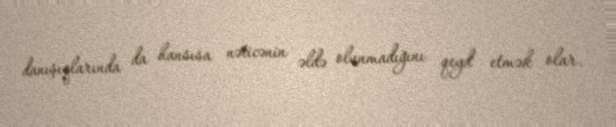
danışıqlarında da hansısa nəticənin əldə olunmadığını qeyd etmək olar.